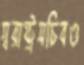
স্বরাষ্ট্রসচিবও